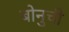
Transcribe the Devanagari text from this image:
बोनुची